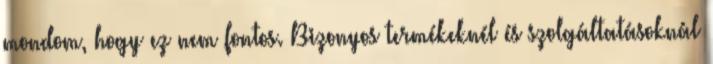
mondom, hogy ez nem fontos. Bizonyos termékeknél és szolgáltatásoknál